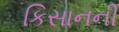
કિસાનની